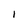
Character: I